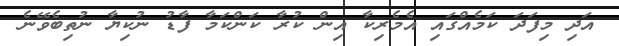
އަދި މިފަދަ ކަމެއްގައި އެމެރިކާ އިން ކުރާ ކަންކަމާ ފާޑު ނުކިޔާ ނުތިބެވޭނެ